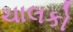
ચાલકો